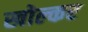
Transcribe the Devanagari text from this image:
खोल्कर